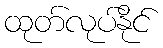
ထုတ်လုပ်နိုင်